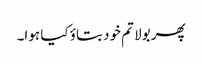
پھر بولا تم خود بتاؤ کیا ہوا۔